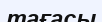
тағасы